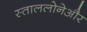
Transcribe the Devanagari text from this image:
स्ताललोनेऔर